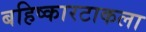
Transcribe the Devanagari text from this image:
बहिष्कारटाकला